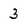
Character: 3